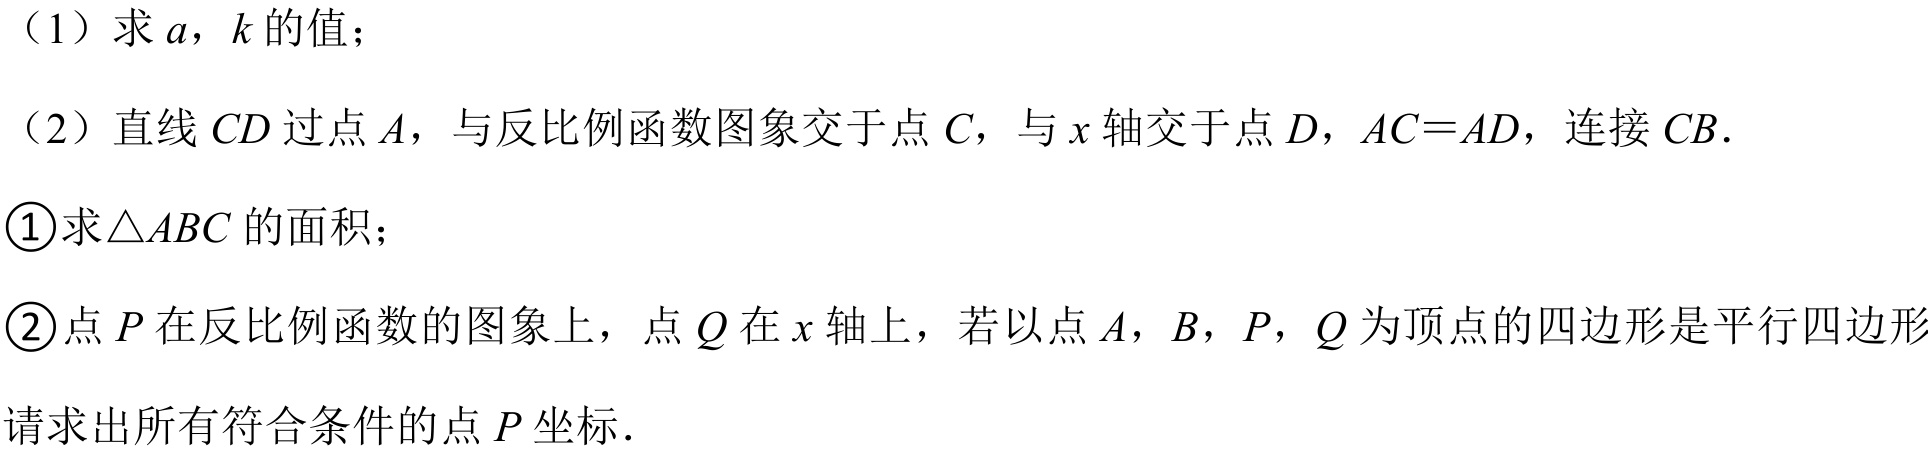
（1）求 \(a\)，\(k\) 的值；
（2）直线 \(CD\) 过点 \(A\)，与反比例函数图象交于点 \(C\)，与 \(x\) 轴交于点 \(D\)，\(AC = AD\)，连接 \(CB\).
\textcircled{1}求\(\triangle ABC\) 的面积；
\textcircled{2}点 \(P\) 在反比例函数的图象上，点 \(Q\) 在 \(x\) 轴上，若以点 \(A\)，\(B\)，\(P\)，\(Q\) 为顶点的四边形是平行四边形
请求出所有符合条件的点 \(P\) 坐标.